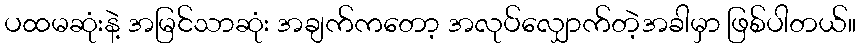
ပထမဆုံးနဲ့ အမြင်သာဆုံး အချက်ကတော့ အလုပ်လျှောက်တဲ့အခါမှာ ဖြစ်ပါတယ်။